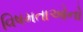
વિષમતાઓનો